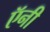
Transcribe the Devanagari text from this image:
ऍनी